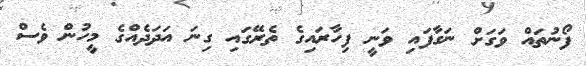
ފޯނުތައް ވަގަށް ނަގާފައި ވަނީ ފިހާރައިގެ ތެރޭގައި ގިނަ އަދަދެއްގެ މީހުން ވެސް